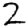
Digit: 2